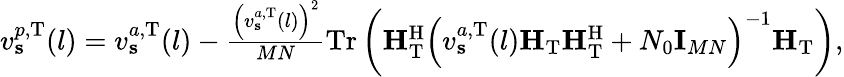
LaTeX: \begin{array}{r}{v_{\mathbf{s}}^{p,\mathrm{T}}(l)=v_{\mathbf{s}}^{a,\mathrm{T}}(l)-\frac{\left(v_{\mathbf{s}}^{a,\mathrm{T}}(l)\right)^{2}}{MN}\mathrm{Tr}\left(\mathbf{H}_{\mathrm{T}}^{\mathrm{H}}\left(v_{\mathbf{s}}^{a,\mathrm{T}}(l)\mathbf{H}_{\mathrm{T}}\mathbf{H}_{\mathrm{T}}^{\mathrm{H}}+N_{0}\mathbf{I}_{MN}\right)^{-1}\mathbf{H}_{\mathrm{T}}\right),}\end{array}